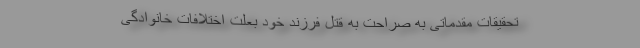
تحقیقات مقدماتی به صراحت به قتل فرزند خود بعلت اختلافات خانوادگی